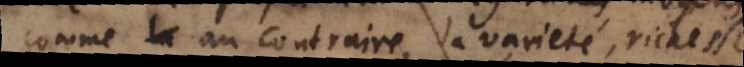
comme au contraire, la varieté, richesse